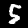
Digit: 5